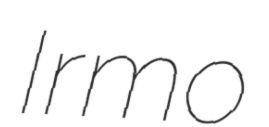
Irmo